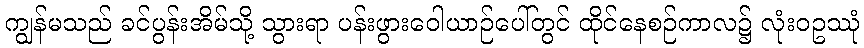
ကျွန်မသည် ခင်ပွန်းအိမ်သို့ သွားရာ ပန်းဖွားဝေါယာဉ်ပေါ်တွင် ထိုင်နေစဉ်ကာလ၌ လုံးဝဥဿုံ